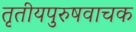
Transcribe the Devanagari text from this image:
तृतीयपुरुषवाचक